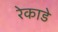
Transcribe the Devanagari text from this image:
रेकाडे